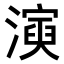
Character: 𤀋